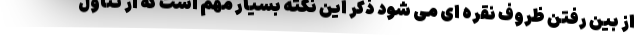
از بین رفتن ظروف نقره ای می شود ذکر این نکته بسیار مهم است که از تناول